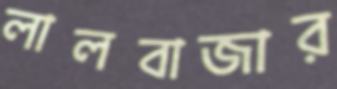
লালবাজার